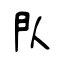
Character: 閄